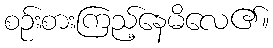
စဉ်းစားကြည့်နေမိလေ၏။